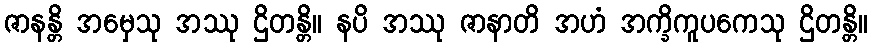
ဇာနန္တိ အမှေသု အဿု ဌိတန္တိ။ နပိ အဿု ဇာနာတိ အဟံ အက္ခိကူပကေသု ဌိတန္တိ။